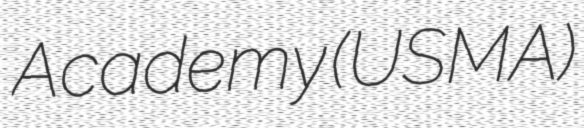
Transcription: Academy (USMA)